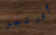
أورتيز